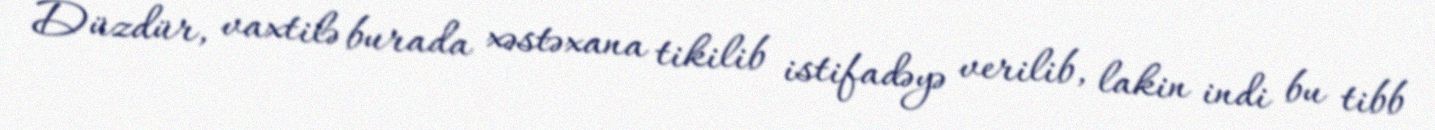
Düzdür, vaxtilə burada xəstəxana tikilib istifadəyə verilib, lakin indi bu tibb